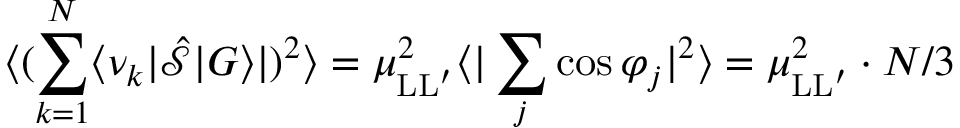
\langle ( \sum _ { k = 1 } ^ { N } \langle \nu _ { k } | \hat { \mathcal S } | G \rangle | ) ^ { 2 } \rangle = \mu _ { \mathrm { L L } ^ { \prime } } ^ { 2 } \langle | \sum _ { j } \cos \varphi _ { j } | ^ { 2 } \rangle = \mu _ { \mathrm { L L } ^ { \prime } } ^ { 2 } \cdot N / 3